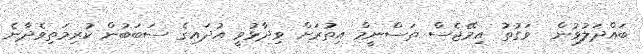
ބައްދަލުވުން  ވަގުތު އިމޭޖެސް ތަސްނީމް އިތުރަށް ވިދާޅުވީ އުދައިގެ ސަބަބުން ކުރިމަތިވެދާނެ